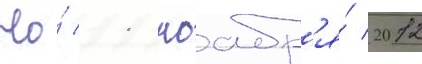
Но́ 11 ноабр'я́ 2012